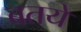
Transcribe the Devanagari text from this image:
बतये